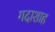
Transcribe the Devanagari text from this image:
गदाशाह